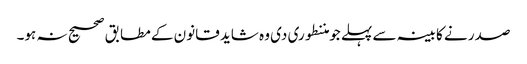
صدر نے کابینہ سے پہلے جو مننطوری دی وہ شاید قانون کے مطابق صحیح نہ ہو۔